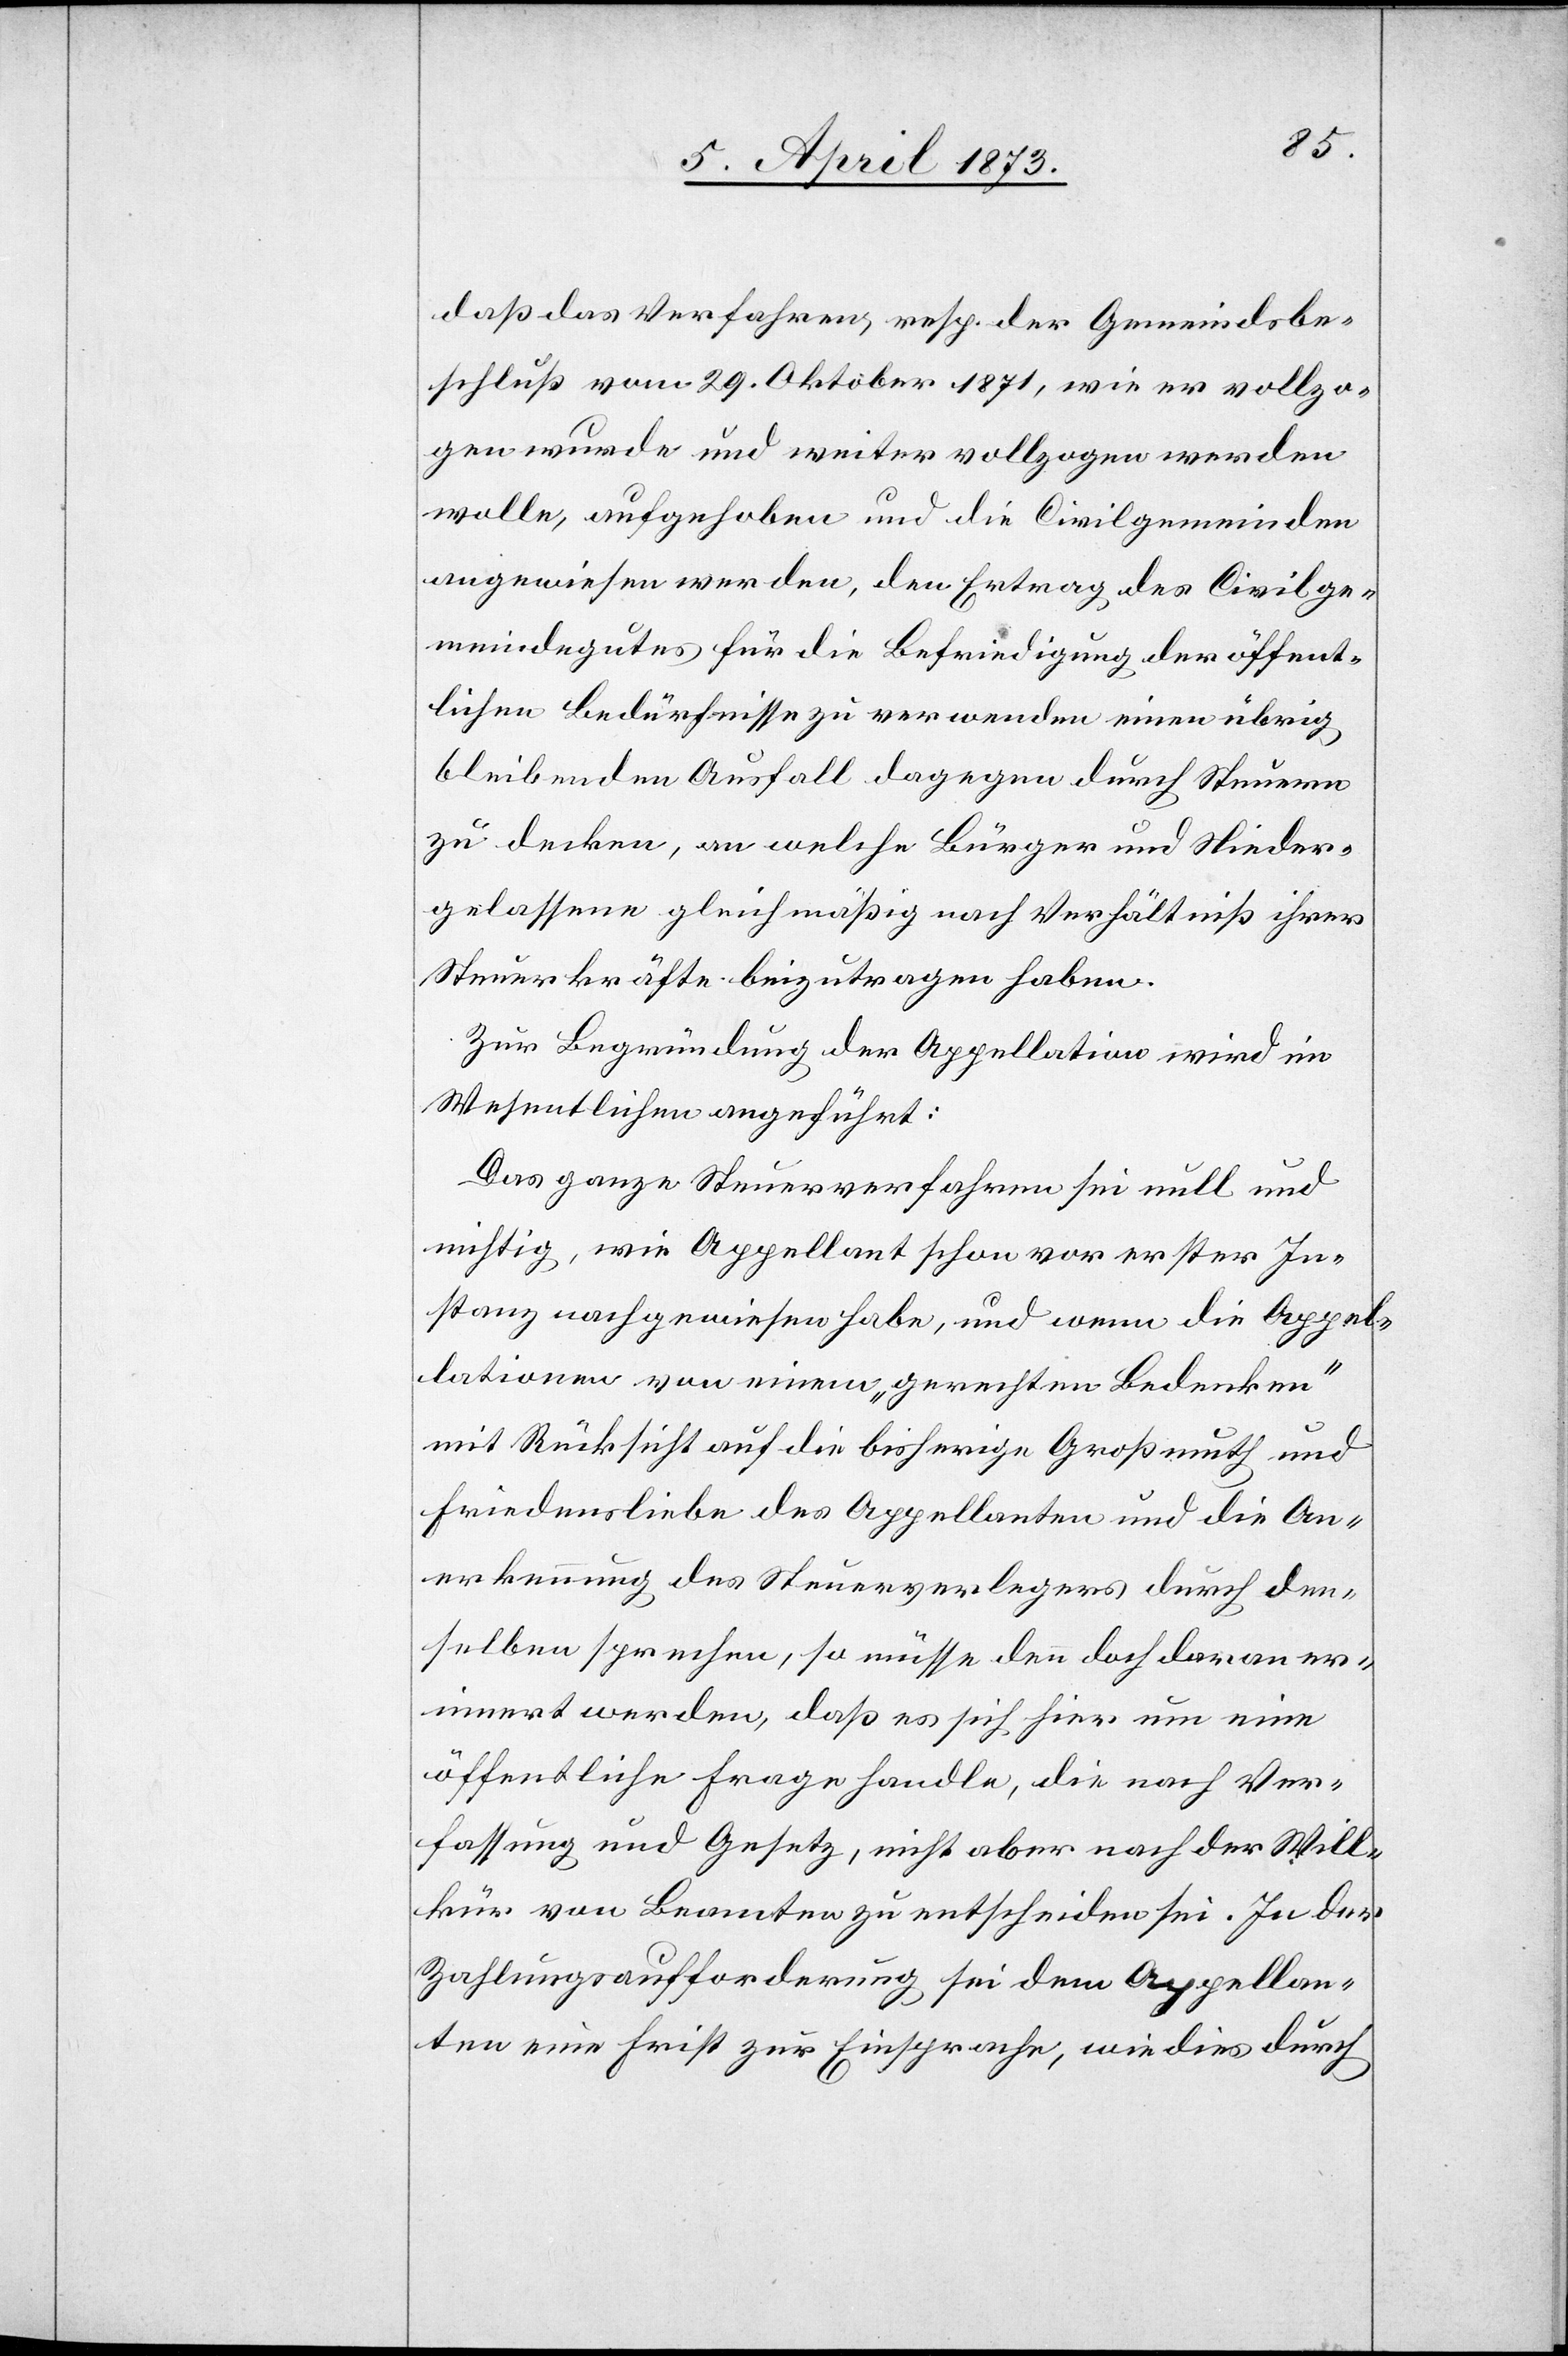
daß das Verfahren, resp. der Gemeindsbe¬
schluß vom 29. Oktober 1871, wie er vollzo¬
gen wurde und weiter vollzogen werden
wolle, aufgehoben und die Civilgemeinden
angewiesen werden, den Ertrag des Civilge¬
meindegutes für die Befriedigung der öffent¬
lichen Bedürfnisse zu verwenden einen übrig¬
bleibenden Ausfall dagegen durch Steuern
zu decken, an welche Bürger und Nieder¬
gelassene gleichmäßig nach Verhältniß ihrer
Steuerkräfte beizutragen haben.
Zur Begründung der Appellation wird im
Wesentlichen angeführt:
Das ganze Steuerverfahren sei null und
nichtig, wie Appellant schon vor erster In¬
stanz nachgewiesen habe, und wenn die Appel¬
lationen von einem „gerechten Bedenken“
mit Rücksicht auf die bisherige Großmuth und
Friedensliebe des Appellanten und die An¬
erkennung des Steuerverleger durch den¬
selben sprechen, so müsse denn doch daran er¬
innert werden, daß es sich hier um eine
öffentliche Frage handle, die nach Ver¬
fassung und Gesetz, nicht aber nach der Will¬
kür von Beamten zu entscheiden sei. In der
Zahlungsaufforderung sei dem Appellan¬
ten eine Frist zur Einsprache, wie dies durch